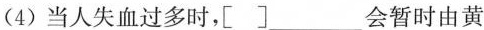
(4)当人失血过多时，[ ]___会暂时由黄